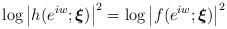
LaTeX: \begin{align*}\log \left\vert h(e^{iw};\boldsymbol{\xi })\right\vert ^{2}=\log \left\vert f(e^{iw};\boldsymbol{\xi })\right\vert ^{2}\end{align*}